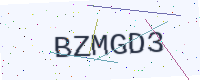
Text: BZMGD3